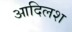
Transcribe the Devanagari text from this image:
आदिलश